Malaria in the Andamans - Number 56
Disease focus: Malaria
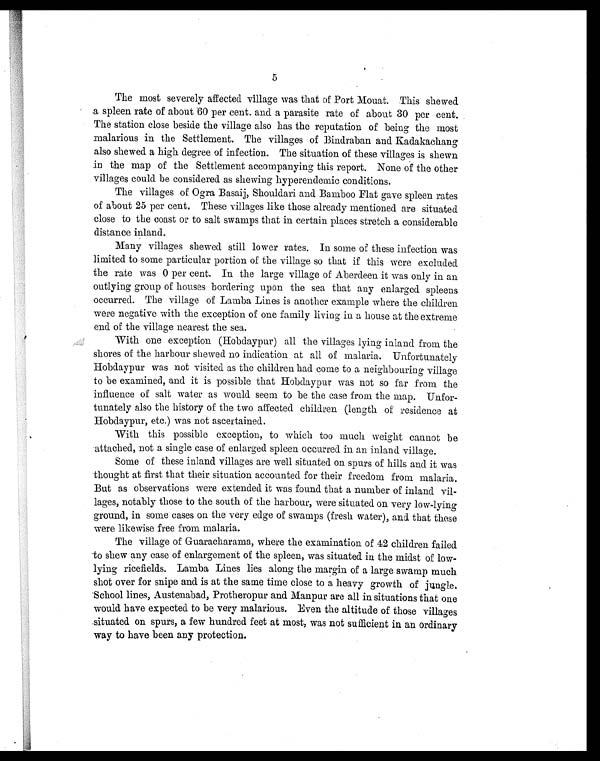
5
The most severely affected village was that of Port Mouat. This shewed
a spleen rate of about 60 per cent. and a parasite rate of about 30 per cent.
The station close beside the village also has the reputation of being the most
malarious in the Settlement. The villages of Bindraban and Kadakachang
also shewed a high degree of infection. The situation of these villages is shewn
in the map of the Settlement accompanying this report. None of the other
villages could be considered as spewing hyperendemic conditions.
The villages of Ogra Basaij, Shouldari and Bamboo Flat gave spleen rates
of about 25 per cent. These villages like those already mentioned are situated
close to the coast or to salt swamps that in certain places stretch a considerable
distance inland.
Many villages shewed still lower rates. In some of these infection was
limited to some particular portion of the village so that if this were excluded
the rate was 0 per cent. In the large village of Aberdeen it was only in an
outlying group of houses bordering upon the sea that any enlarged spleens
occurred. The village of Lamba Lines is another example where the children
were negative with the exception of one family living in a house at the extreme
end of the village nearest the sea.
With one exception (Hobdaypur) all the villages lying inland from the
shores of the harbour shewed no indication at all of malaria. Unfortunately
Hobdaypur was not visited as the children had come to a neighbouring village
to be examined, and it is possible that Hobdaypur was not so far from the
influence of salt water as would seem to be the case from the map. Unfor-
tunately also the history of the two affected children (length of residence at
Hobdaypur, etc.) was not ascertained.
With this possible exception, to which too much weight cannot be
attached, not a single case of enlarged spleen occurred in an inland village.
Some of these inland villages are well situated on spurs of hills and it was
thought at first that their situation accounted for their freedom from malaria.
But as observations were extended it was found that a number of inland vil-
lages, notably those to the south of the harbour, were situated on very low-lying
ground, in some cases on the very edge of swamps (fresh water), and that these
were likewise free from malaria.
The village of Guaracharama, where the examination of 42 children failed
to shew any case of enlargement of the spleen, was situated in the midst of low-
lying ricefields. Lamba Lines lies along the margin of a large swamp much
shot over for snipe and is at the same time close to a heavy growth of jungle.
School lines, Austenabad, Protheropur and Manpur are all in situations that one
would have expected to be very malarious. Even the altitude of those villages
situated on spurs, a few hundred feet at most, was not sufficient in an ordinary
way to have been any protection.